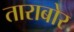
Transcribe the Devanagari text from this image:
ताराबोर